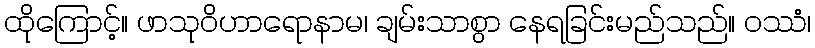
ထိုကြောင့်။ ဖာသုဝိဟာရောနာမ၊ ချမ်းသာစွာ နေရခြင်းမည်သည်။ ဝဿံ၊